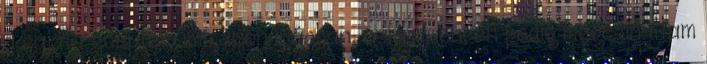
a saját receptem immáron írásban, e-mail-en, én pedig megcsináltam